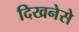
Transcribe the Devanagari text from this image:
दिखनेसे